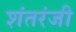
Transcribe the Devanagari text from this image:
शंतरंजी